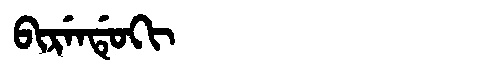
Manchu: ᠪᡳᡵᡝᠨᡩᡠᡴᡳ
Romanization: BIRENDUKI